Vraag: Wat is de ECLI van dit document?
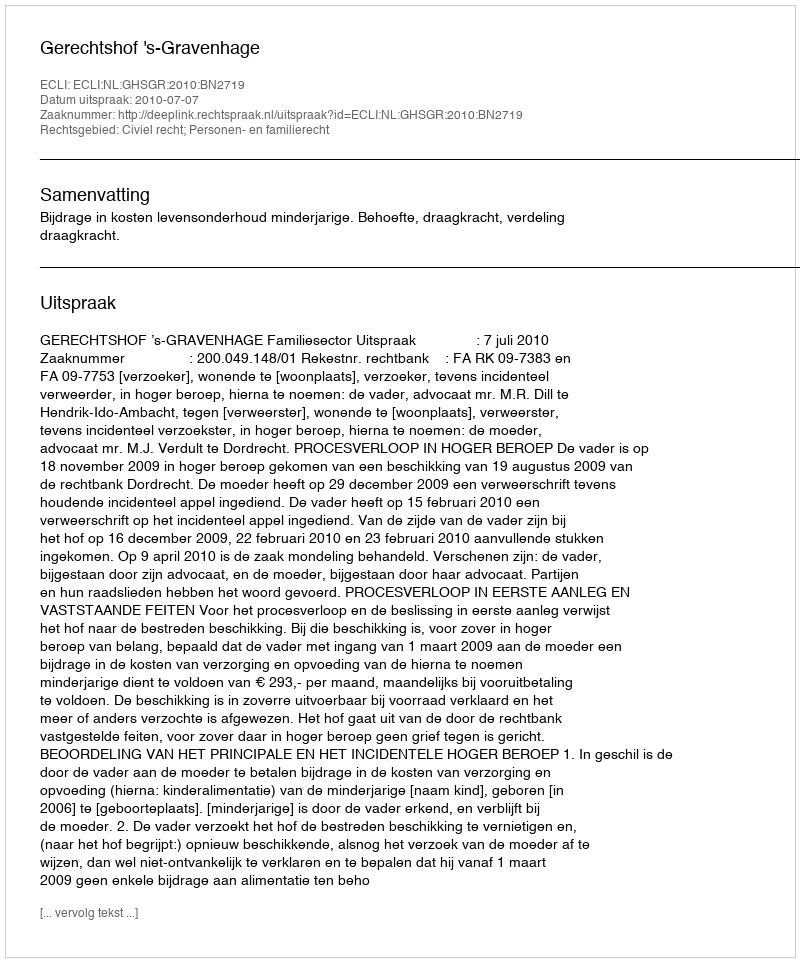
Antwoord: ECLI:NL:GHSGR:2010:BN2719